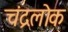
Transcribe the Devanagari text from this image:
चंद्रलोक